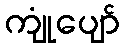
ကျုံပျော်